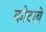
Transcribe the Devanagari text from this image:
कोटाबे